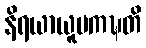
နိရယာယူပကဍ္ဎတိ